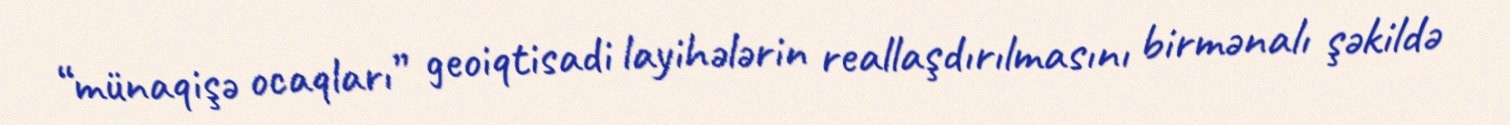
“münaqişə ocaqları” geoiqtisadi layihələrin reallaşdırılmasını birmənalı şəkildə